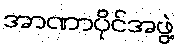
အာဏာပိုင်အဖွဲ့